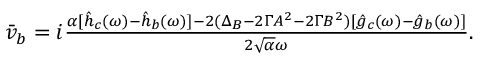
\begin{array} { r } { \bar { v } _ { b } = i \frac { \alpha [ \hat { h } _ { c } ( \omega ) - \hat { h } _ { b } ( \omega ) ] - 2 ( \Delta _ { B } - 2 \Gamma A ^ { 2 } - 2 \Gamma B ^ { 2 } ) [ \hat { g } _ { c } ( \omega ) - \hat { g } _ { b } ( \omega ) ] } { 2 \sqrt { \alpha } \omega } . } \end{array}